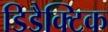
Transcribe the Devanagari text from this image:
डिडैक्टिक